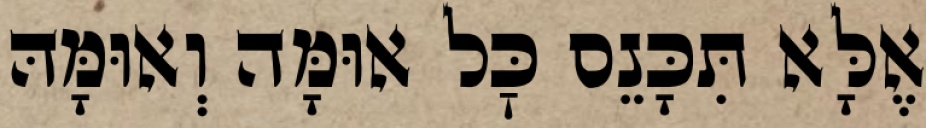
אֶלָּא תִּכָּנֵס כׇּל אוּמָּה וְאוּמָּהּ